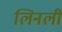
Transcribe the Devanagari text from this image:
लिनली